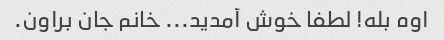
اوه بله! لطفا خوش آمدید... خانم جان براون.